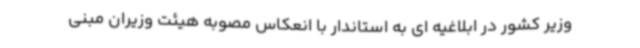
وزیر کشور در ابلاغیه ای به استاندار با انعکاس مصوبه هیئت وزیران مبنی